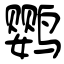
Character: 鹦